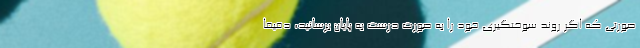
صورتی که اگر روند سوختگیری خود را به صورت درست به پایان برسانید، دقیقا